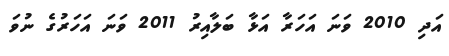
އަދި 2010 ވަނަ އަހަރާ އަޅާ ބަލާއިރު 2011 ވަނަ އަހަރުގެ ނުވަ